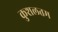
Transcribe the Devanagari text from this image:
कुशलतम